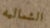
الشماليه